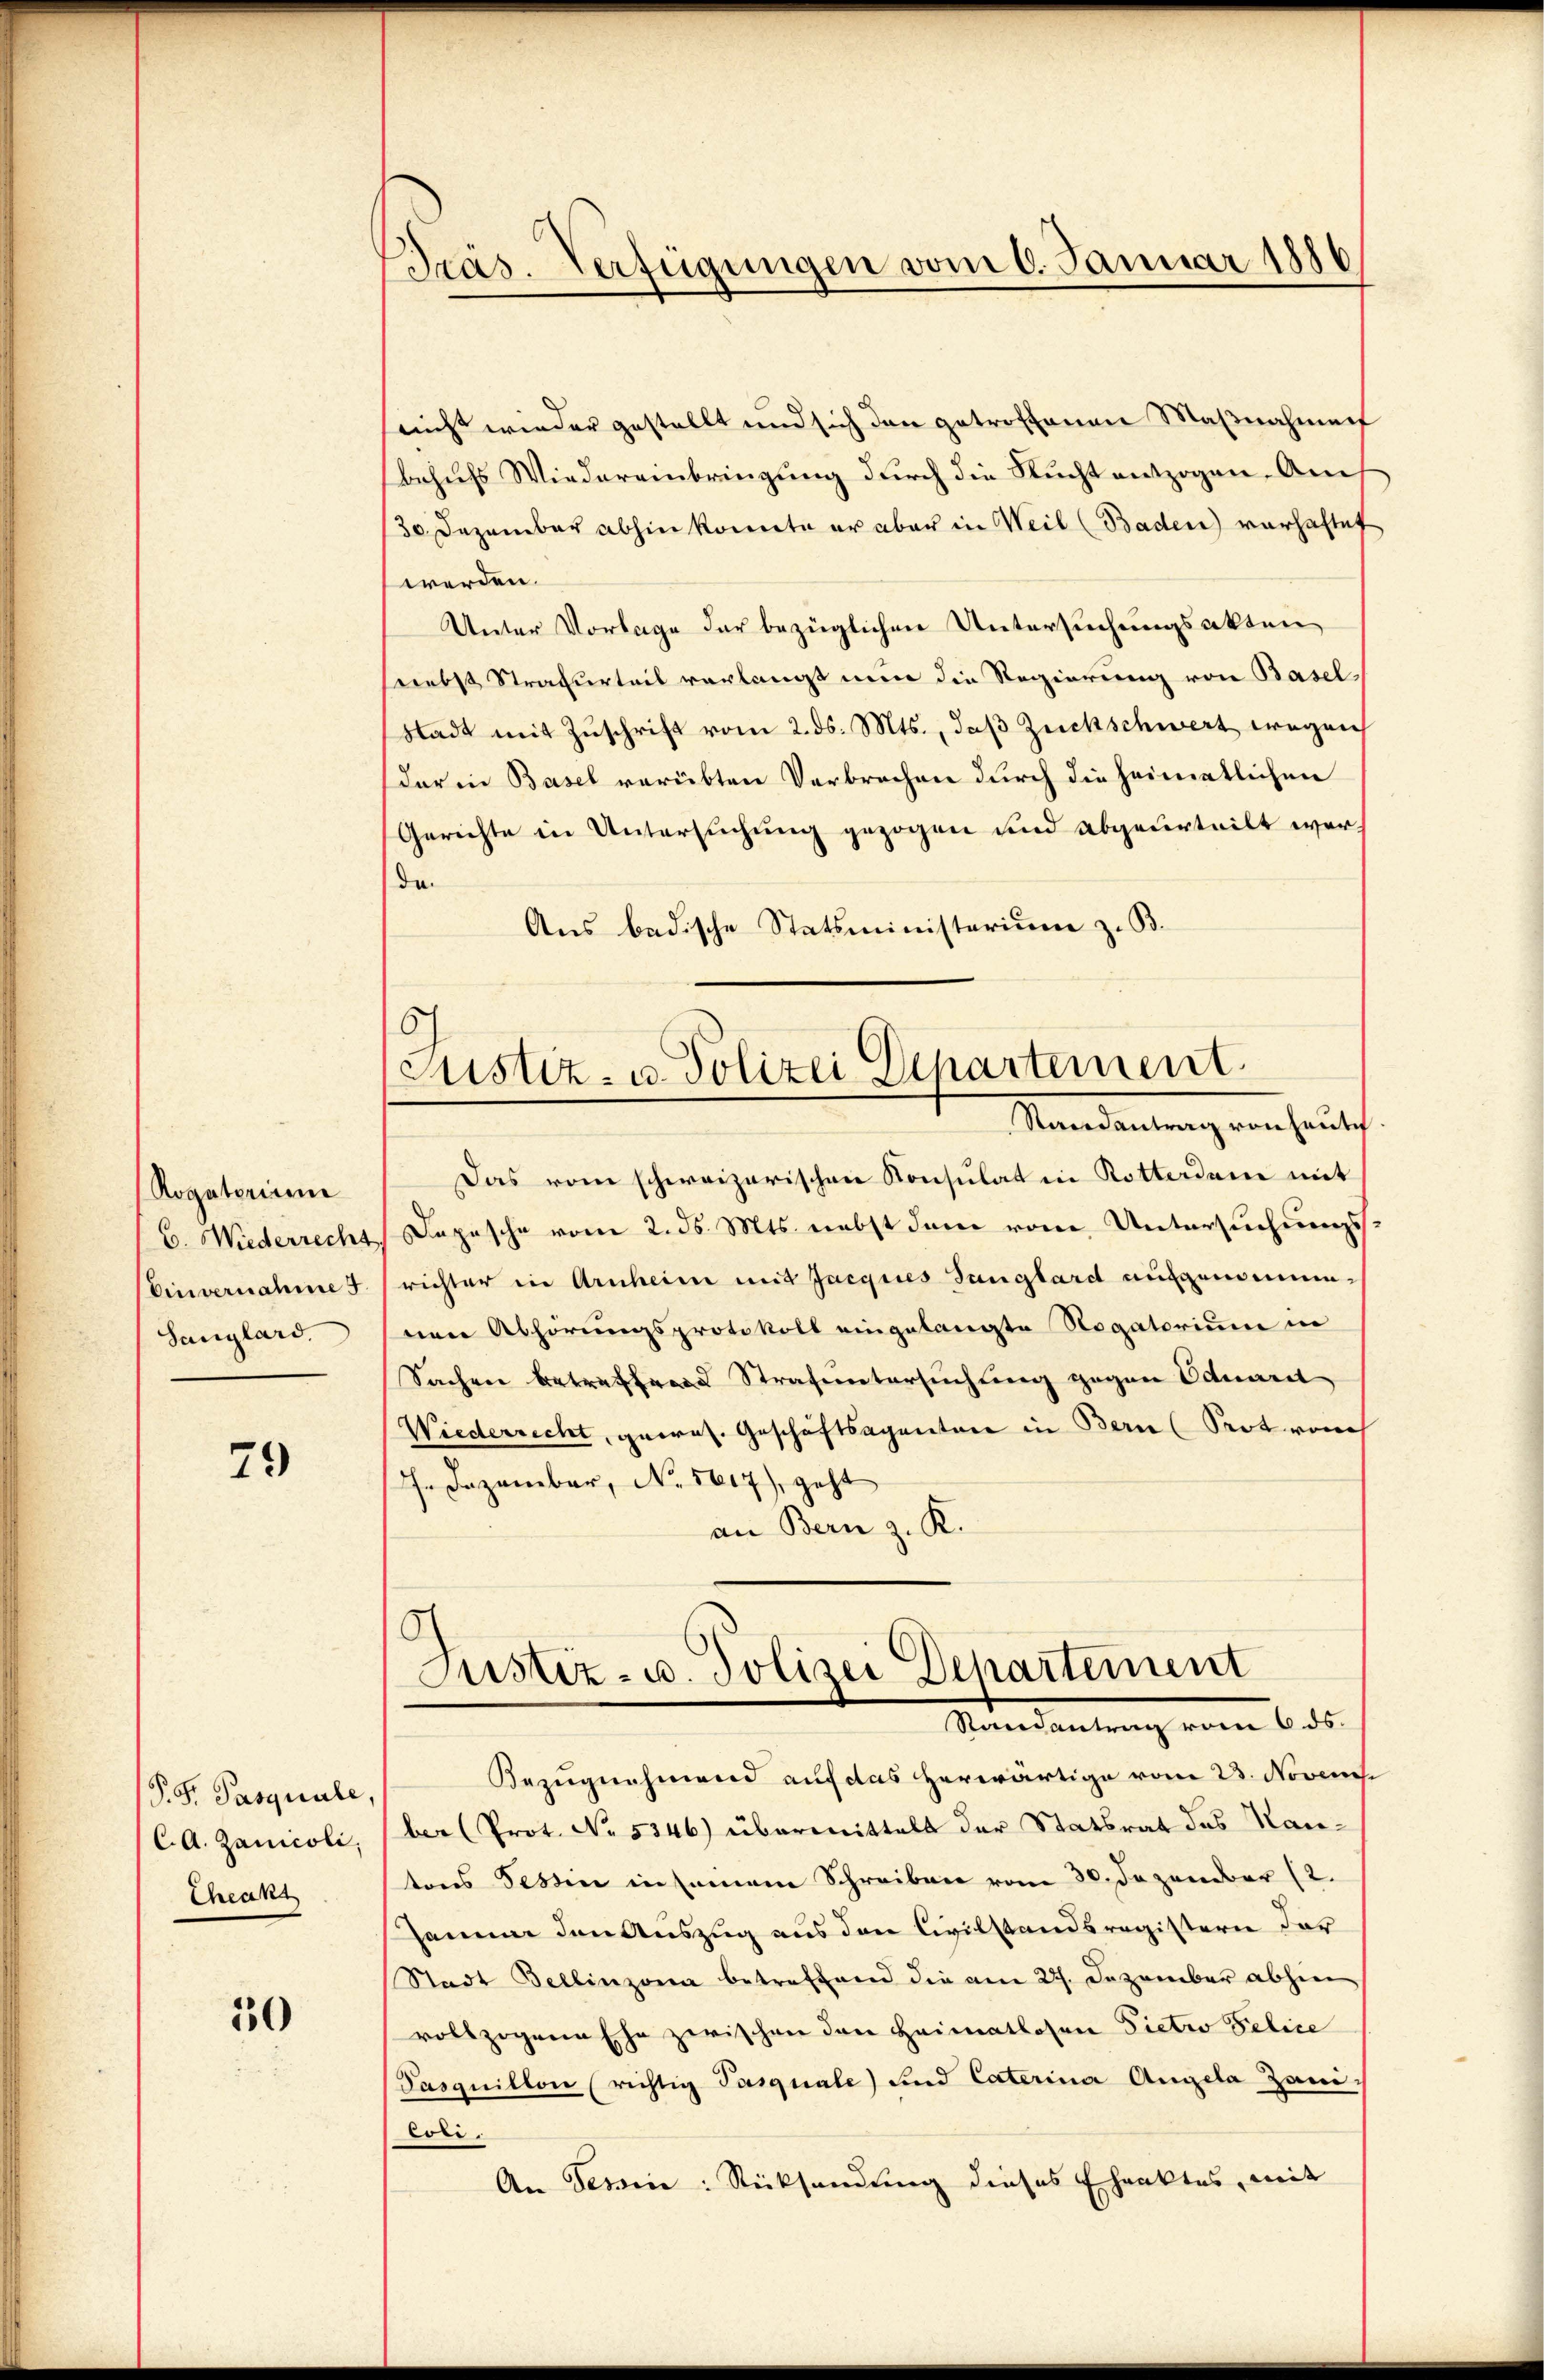
Rogatorium
Einvernahme
Sanglard.

79

P.S. Pasquale
C. A. Zanicoli,
Cheaks

50

Präs. Verfügungen vom 6. Januar 1886

nicht wieder gestellt und sich den getroffenen Maßnahmen
behufs Wiedereinbringung durch die Nucht entzogen. Auch
130. Dezember abhin konnte er aber in Weil (Baden) vorhaftet
werden.
Unter Vorlage der bezüglichen Untersuchungsakten
secebst Strafurteil verlangt nun die Regierung von Basel¬
Stadt mit Zuschrift vom 2. ds. Mts., daß Züchschwert wegen
dar in Basel verübten Verbrechen durch die heimatlichen
Gerichte in Untersuchung gezogen und abgeurteilt werde
Aus badische Statsministerium z. B.
6

Justiz- u. Polizei Departement.
Mandantung von heutet

Das vom schweizerischen Konsulat in Rotterdene mit
C. Wiederrecht, Depesche vom 2. ds. Mts. nebst dem vom Untersuchungsrichter in Arnheim mit Jacques Tunglard aufgenommenen Abhörungsprotokoll eingelangte Rogatorium in
Sachen betreffend Strafuntersuchung gegen Eduarit
Wiederrecht, geres. Geschäftsagentore in Bern (Seot vorh
h. Dezember, No. 5617), geht
an Bern z. K.
.

Justiz- u. Polizei Departement
Randantrag vom 6. ds.

Bezugnehmend auf das herwärtige vom 23. Novem
ber (Prot. No. 5346) übermittelt der Statsrat des Rautons Tessin in seinem Schreiben vom 30. Dezember (2.
Jammer den Auszug aus den Civilstandsregistern der
Stadt Bellinzona betreffend die am 27. Dezember abhier
vollzogene Ehe zwischen den Heimatlosen Pieter Felice
Pasquillon (richtig Pasquale) und Caterina Angela Zani-
Lori.
An Tessin: Rücksendung dieses Ehraktes, mit